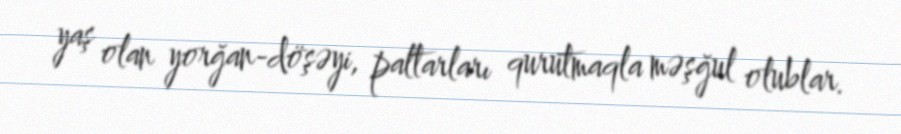
yaş olan yorğan-döşəyi, paltarları qurutmaqla məşğul olublar.